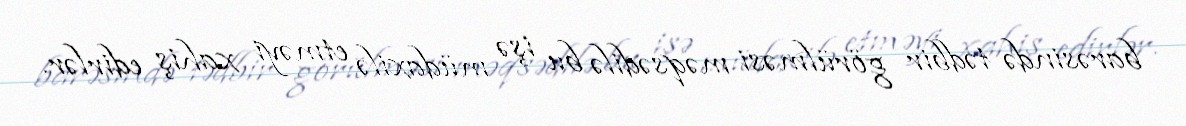
barəsində tədbir görülməsi məqsədilə bu işə müdaxilə etməyi xahiş edirlər.